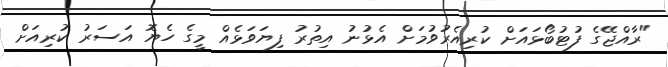
"ރާއްޖޭގެ ފުޓުބޯޅައަށް ކުރިއެރުވުމަށް އެޅުނު އިތުރު ފިޔަވަޅެއް މީގެ ހެޔޮ އަސަރު ކުރިއަށް